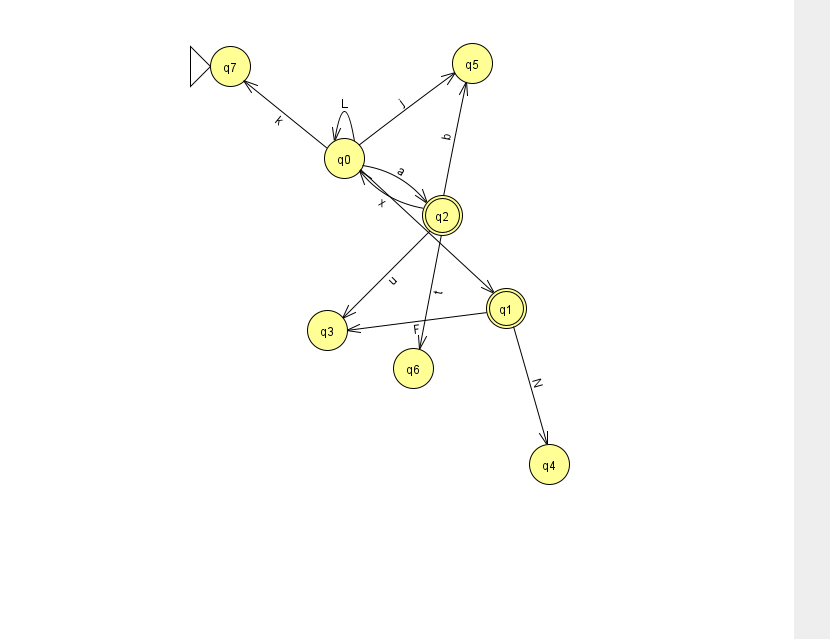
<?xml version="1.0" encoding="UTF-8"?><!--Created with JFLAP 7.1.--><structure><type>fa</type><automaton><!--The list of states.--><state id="0" name="q0"><x>344.0</x><y>145.0</y></state><state id="1" name="q1"><x>506.0</x><y>295.0</y><final/></state><state id="2" name="q2"><x>442.0</x><y>202.0</y><final/></state><state id="3" name="q3"><x>327.0</x><y>317.0</y></state><state id="4" name="q4"><x>549.0</x><y>451.0</y></state><state id="5" name="q5"><x>472.0</x><y>50.0</y></state><state id="6" name="q6"><x>413.0</x><y>355.0</y></state><state id="7" name="q7"><x>230.0</x><y>53.0</y><initial/></state><!--The list of transitions.--><transition><from>0</from><to>7</to><read>k</read></transition><transition><from>0</from><to>1</to><read>M</read></transition><transition><from>0</from><to>5</to><read>j</read></transition><transition><from>2</from><to>6</to><read>t</read></transition><transition><from>0</from><to>2</to><read>a</read></transition><transition><from>2</from><to>3</to><read>u</read></transition><transition><from>0</from><to>0</to><read>L</read></transition><transition><from>2</from><to>5</to><read>b</read></transition><transition><from>1</from><to>3</to><read>F</read></transition><transition><from>1</from><to>4</to><read>N</read></transition><transition><from>2</from><to>0</to><read>x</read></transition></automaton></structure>